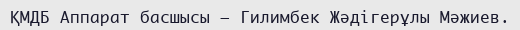
ҚМДБ Аппарат басшысы — Гилимбек Жәдігерұлы Мәжиев.